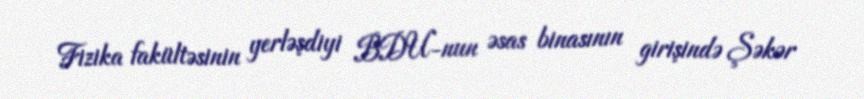
Fizika fakültəsinin yerləşdiyi BDU-nun əsas binasının girişində Şəkər